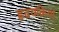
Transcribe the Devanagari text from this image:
ह्रदयक्रिया